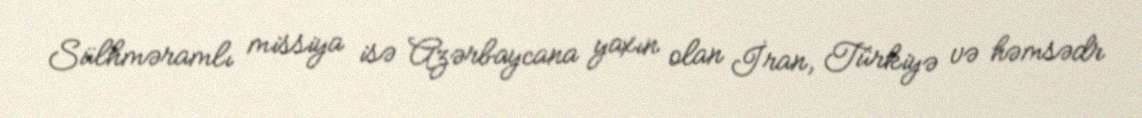
Sülhməramlı missiya isə Azərbaycana yaxın olan İran, Türkiyə və həmsədr